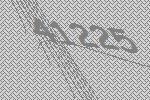
41225